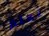
تعلم